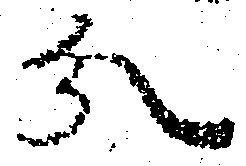
分